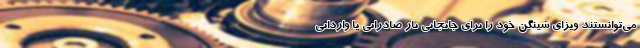
می‌توانستند ویزای شینگن خود را برای جابجایی بار صادراتی یا وارداتی